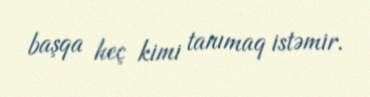
başqa heç kimi tanımaq istəmir.